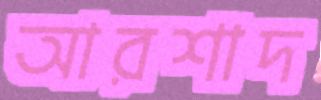
আরশাদ